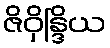
ဇိဝှိန္ဒြိယ